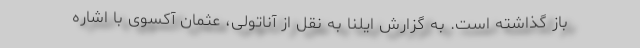
باز گذاشته است. به گزارش ایلنا به نقل از آناتولی، عثمان آکسوی با اشاره